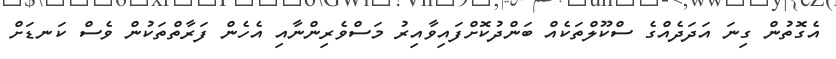
އެގޮތުން ގިނަ އަދަދެއްގެ ސްކޫލްތަކެއް ބަންދުކޮށްފައިވާއިރު މަސްވެރިންނާއި އެހެން ފަރާތްތަކުން ވެސް ކަނޑަށް